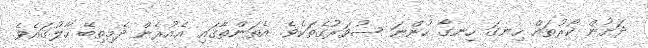
ދަށުން ކޯރުތައް ހިނގަ ހިނގާ ހުންނަ ސުވަރުގެތަކެވެ. އެތަންތާގައި އެއުރެން ދެމިތިބޭ ހާލުގައެވެ.